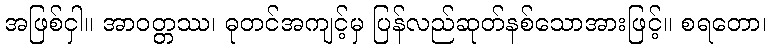
အဖြစ်ငှါ။ အာဝတ္တဿ၊ ဓုတင်အကျင့်မှ ပြန်လည်ဆုတ်နစ်သောအားဖြင့်။ စရတော၊